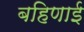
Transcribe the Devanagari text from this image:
बहिणाई